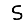
Digit: 5